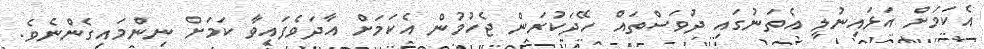
އެކަމަށް އަޅައިނުލީ އެތަނުގައި ދުވަސްތައް ހޭދަކުރަން ޖެހުމުން އެކަމަށް އާދަވެފައިވާ ކަމަށް ނިންމައިގެންނެވެ.